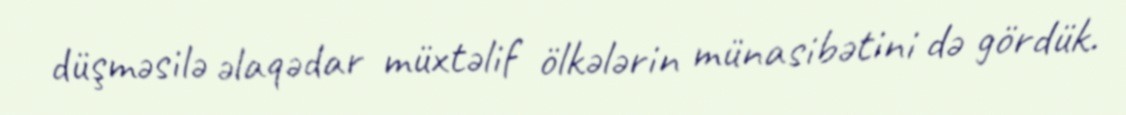
düşməsilə əlaqədar müxtəlif ölkələrin münasibətini də gördük.